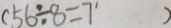
( 5 6 \div 8 = 7 ^ { \prime } )